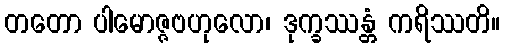
တတော ပါမောဇ္ဇဗဟုလော၊ ဒုက္ခဿန္တံ ကရိဿတိ။